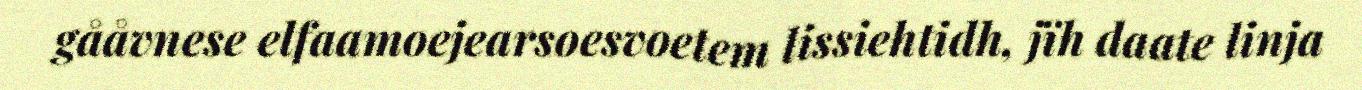
gååvnese elfaamoejearsoesvoetem lissiehtidh, jïh daate linja